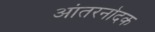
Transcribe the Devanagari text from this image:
आंतरनोदक